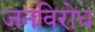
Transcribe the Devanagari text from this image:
जनविरोध